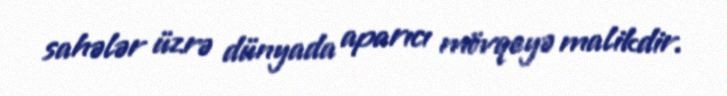
sahələr üzrə dünyada aparıcı mövqeyə malikdir.